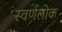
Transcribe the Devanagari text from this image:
स्वर्णलोक